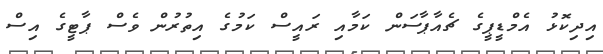
އިދިކޮޅު އެމްޑީޕީގެ ޗެއާޕާސަން ކަމާއި ރައީސް ކަމުގެ އިތުރުން ވެސް ޕާޓީގެ އިސް